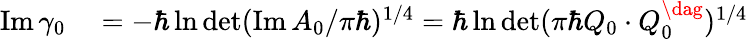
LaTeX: \begin{array}{rl}{\operatorname{Im}\gamma_{0}}&{{}=-\hbar\ln\operatorname*{det}(\operatorname{Im}A_{0}/\pi\hbar)^{1/4}=\hbar\ln\operatorname*{det}(\pi\hbar Q_{0}\cdot Q_{0}^{\dag})^{1/4}}\end{array}